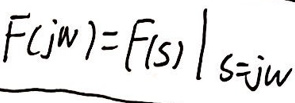
\[
F(j\omega)=\left.F(s)\right|_{s = j\omega}
\]